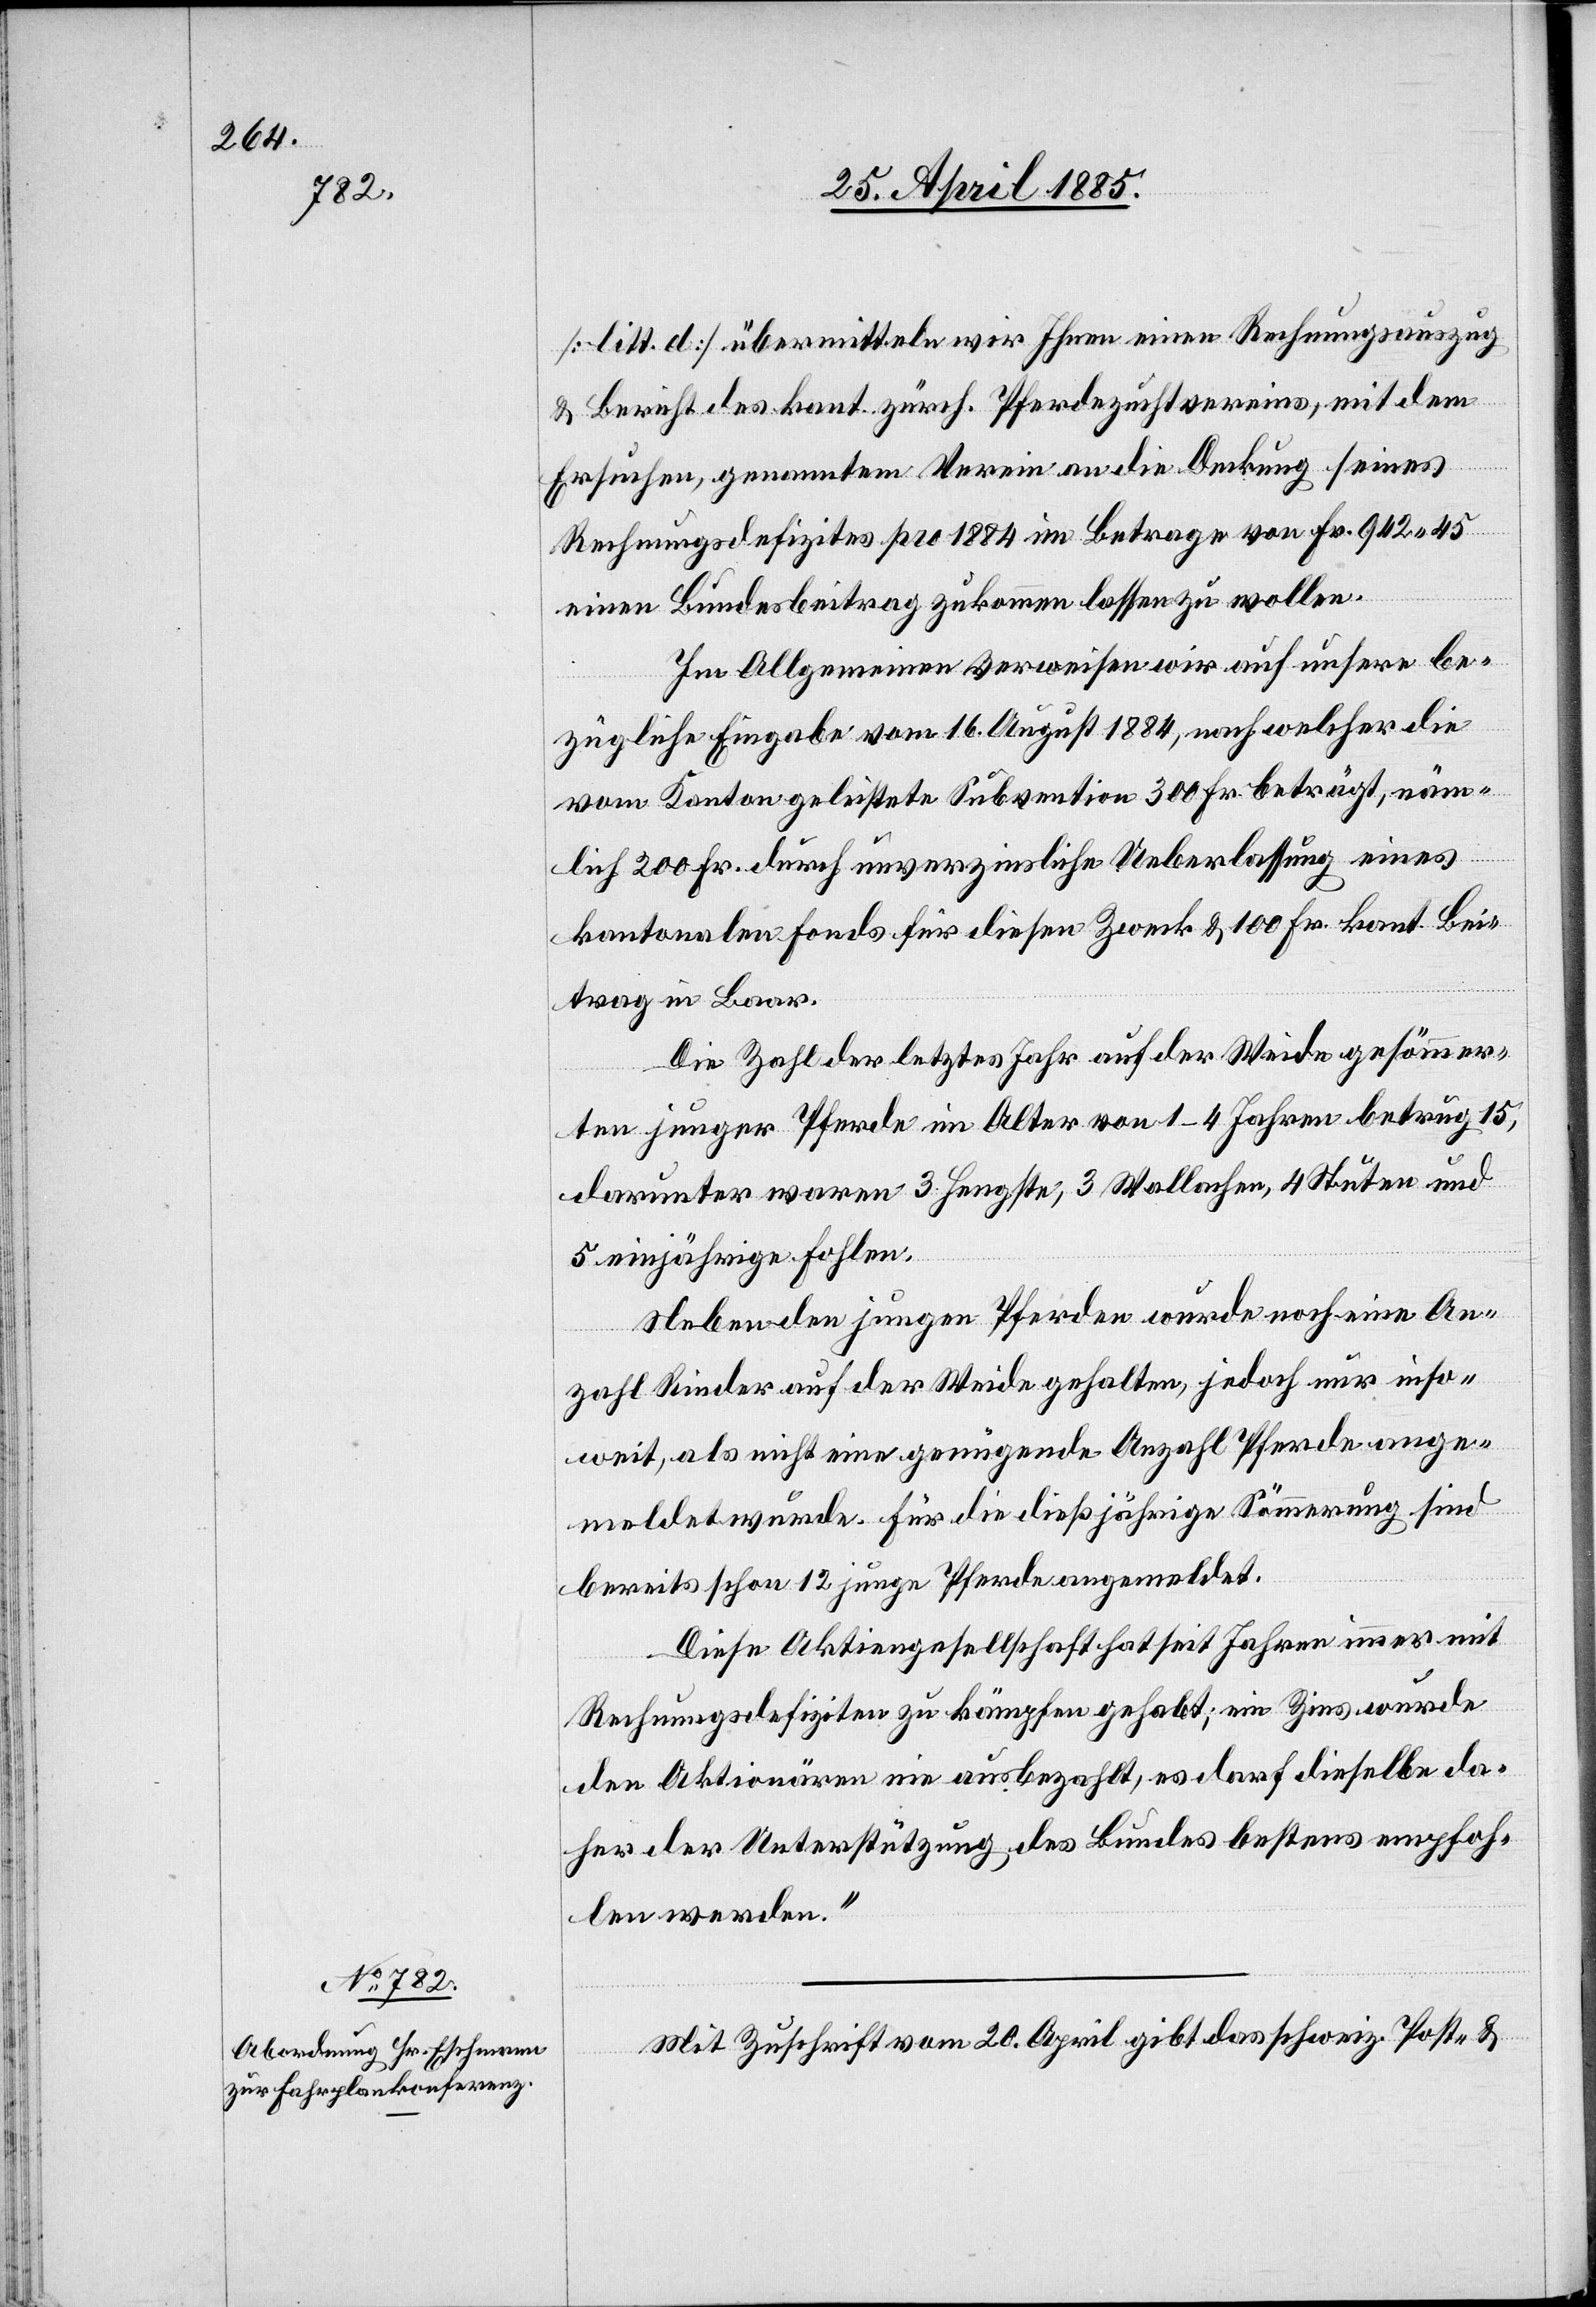
[litt. d] übermitteln wir Ihnen einen Rechnungsauszug
& Bericht des kant. zürch. Pferdezuchtvereins, mit dem
Ersuchen, genannten Verein an die Deckung seines
Rechnungsdefizites pro 1884 im Betrage von Fr. 942 45
einen Bundesbeitrag zukommen lassen zu wollen.
Im Allgemeinen verweisen wir auf unsere be¬
zügliche Eingabe vom 16. August 1884, nach welcher die
vom Kanton geleistete Subvention 300 Fr. beträgt, näm¬
lich 200 Fr. durch unverzinsliche Ueberlassung eines
kantonalen Fonds für diesen Zweck & 100 Fr. kant. Bei¬
trag in Baar.
Die Zahl der letztes Jahr auf der Weide gesömmer¬
tern junger Pferde im Alter von 1–4 Jahren betrug 15,
darunter waren 3 Hengste, 3 Wallachen, 4 Stuten und
5 einjährige Fohlen.
Neben den jungen Pferden wurde noch eine An¬
zahl Rinder auf der Weide gehalten, jedoch nur inso¬
weit, als nicht eine genügende Anzahl Pferde ange¬
meldet wurde. Für die dießjährige Sömmerung sind
bereits schon 12 junge Pferde angemeldet.
Diese Aktiengesellschaft hat seit Jahren immer mit
Rechnungsdefiziten zu kämpfen gehabt; ein Zins wurde
den Aktionären nie ausbezahlt, es darf dieselbe da¬
her der Unterstützung des Bundes bestens empfoh¬
len werden.“
Mit Zuschrift vom 20. April gibt das schweiz. Post- &